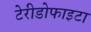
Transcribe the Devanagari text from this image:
टेरीडोफाइटा